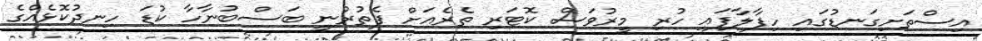
އިސްތަށިގަނޑުގައި ހިފާލާފައި ހުރި މީރުވަސް ކޮޓަރި ތެރެއަށް ފެތުރުނީ ބަސްބުނާހާ ކުޑަ ހިނދުކޮޅެއްގެ